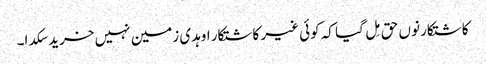
کاشتکار نوں حق مِل گیا کہ کوئی غیر کاشتکار اوہدی زمین نہیں خرید سکدا۔